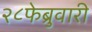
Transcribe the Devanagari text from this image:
२८फेब्रुवारी